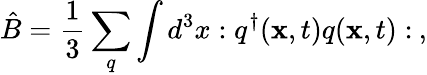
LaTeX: \hat{B}=\frac{1}{3}\sum_{q}\int d^{3}x:q^{\dagger}({\mathbf x},t)q({\mathbf x},t):\: ,